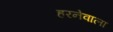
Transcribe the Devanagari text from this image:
हरनेवाला